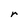
Character: r